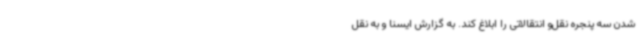
شدن سه پنجره نقل‌و انتقالاتی را ابلاغ کند. به گزارش ایسنا و به نقل